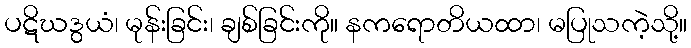
ပဋိဃဒွယံ၊ မုန်းခြင်း၊ ချစ်ခြင်းကို။ နကရောတိယထာ၊ မပြုသကဲ့သို့။